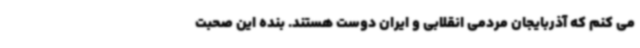
می کنم که آذربایجان مردمی انقلابی و ایران دوست هستند. بنده این صحبت